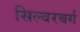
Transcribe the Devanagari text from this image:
सिल्वरबर्ग